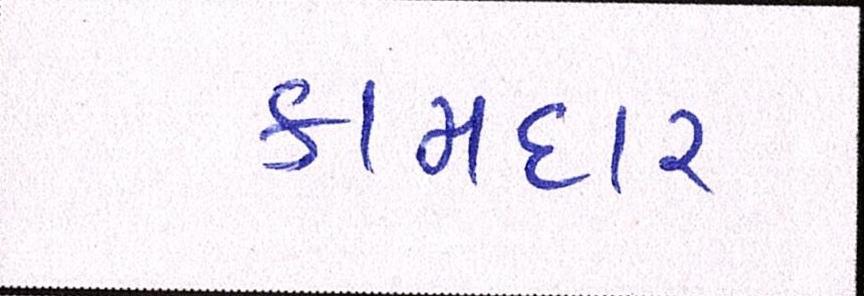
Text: કામદાર